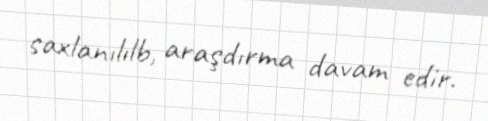
saxlanılılb, araşdırma davam edir.